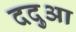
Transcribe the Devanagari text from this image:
ददुआ